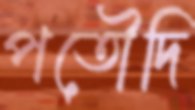
পতৌদি